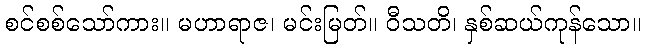
စင်စစ်သော်ကား။ မဟာရာဇ၊ မင်းမြတ်။ ဝီသတိ၊ နှစ်ဆယ်ကုန်သော။